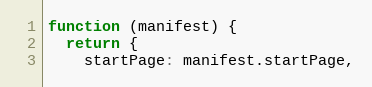
Language: JavaScript
function (manifest) {
  return {
    startPage: manifest.startPage,